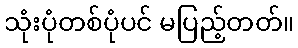
သုံးပုံတစ်ပုံပင် မပြည့်တတ်။